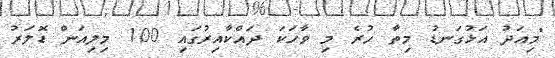
"މިއަދު އަޅުގަނޑު މިތާ ހުރެ މި ވާހަކަ ދައްކާއިރުގައި 100 މިލިއަން ޑޮލަރު